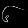
Digit: ၆